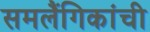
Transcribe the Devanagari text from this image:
समलैंगिकांची